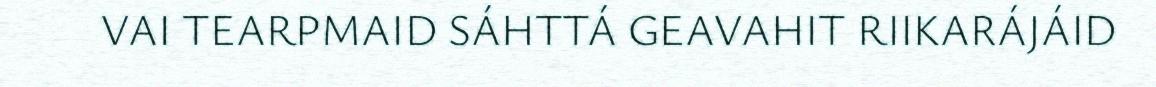
VAI TEARPMAID SÁHTTÁ GEAVAHIT RIIKARÁJÁID